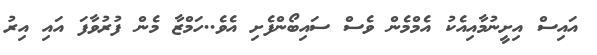
އައިސް އިށީނުމާއިއެކު އެމްމެން ވެސް ސައިބޯންފެށި އެވެ..ހަމްޒާ މެން ފުރުވާފަ އައި އިރު